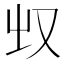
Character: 𰆲